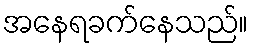
အနေရခက်နေသည်။